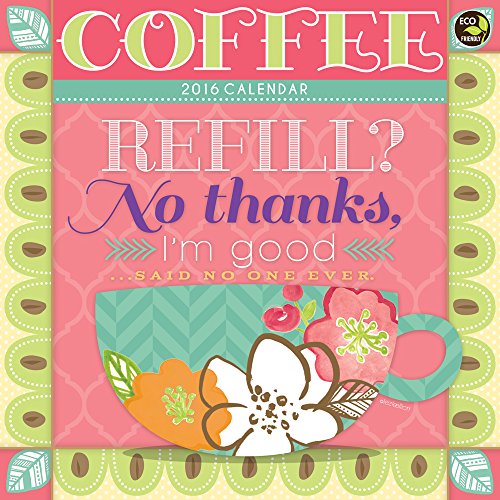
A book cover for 2016 Coffee Wall Calendar; Lezlee Elliott; Calendars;